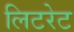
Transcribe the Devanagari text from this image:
लिटरेट